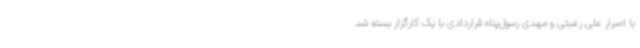
با اصرار علی رغبتی و مهدی رسول‌پناه قراردادی با یک کارگزار بسته شد